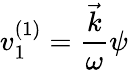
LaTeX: v_{1}^{(1)}=\frac{\vec{k}}{\omega}\psi